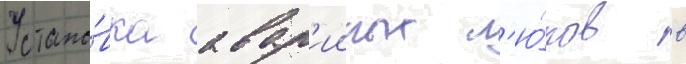
Устано́вка авар'ииных л'ю́ков в